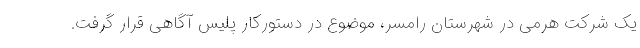
یک شرکت هرمی در شهرستان رامسر، موضوع در دستورکار پلیس آگاهی قرار گرفت.